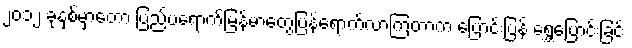
၂၀၁၂ ခုနှစ်မှာတော့ ပြည်ပရောက်မြန်မာတွေပြန်ရောက်လာကြတာက ပြောင်းပြန် ရွှေ့ပြောင်းခြင်း